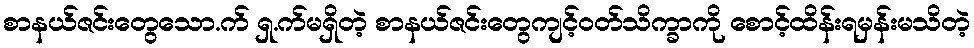
စာနယ်ဇင်းတွေသော.က် ရှ.က်မရှိတဲ့ စာနယ်ဇင်းတွေကျင့်ဝတ်သိက္ခာကို စောင့်ထိန်းရမှန်းမသိတဲ့